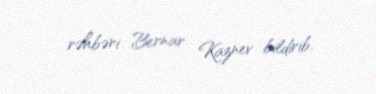
rəhbəri Bernar Kaznev bildirib.